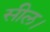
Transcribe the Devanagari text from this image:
सील।